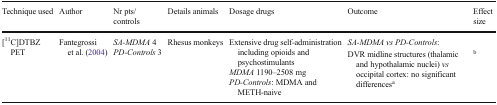
<table><thead><tr><td><b>Technique used</b></td><td><b>Author</b></td><td><b>Nr pts/controls</b></td><td><b>Details animals</b></td><td><b>Dosage drugs</b></td><td><b>Outcome</b></td><td></td><td><b>Effect size</b></td></tr></thead><tbody><tr><td rowspan="2">[<sup>11</sup>C]DTBZ PET</td><td rowspan="2">Fantegrossi et al. (2004)</td><td rowspan="2"><i>SA-MDMA</i> 4<i>PD-Controls</i> 3</td><td rowspan="2">Rhesus monkeys</td><td rowspan="2">Extensive drug self-administration including opioids and psychostimulants<i>MDMA</i> 1190–2508 mg<i>PD-Controls</i>: MDMA and METH-naive</td><td colspan="3"><i>SA-MDMA vs PD-Controls</i>:</td></tr><tr><td>DVR midline structures (thalamic and hypothalamic nuclei) <i>vs</i> occipital cortex: no significant differences<sup>a</sup></td><td></td><td><sup>b</sup></td></tr></tbody></table>